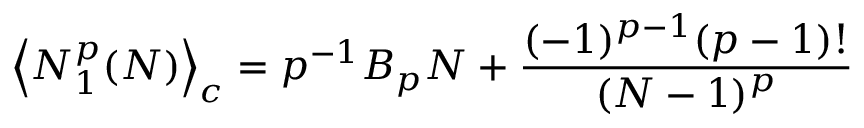
\left\langle N _ { 1 } ^ { p } ( N ) \right\rangle _ { c } = p ^ { - 1 } B _ { p } N + \frac { ( - 1 ) ^ { p - 1 } ( p - 1 ) ! } { ( N - 1 ) ^ { p } }